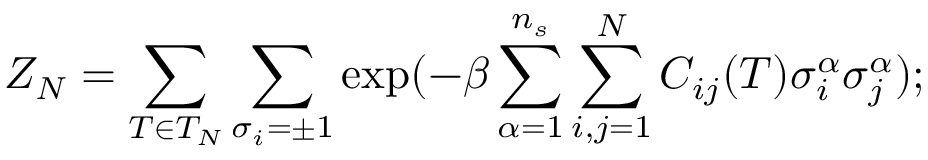
Z _ { N } = \sum _ { T \in { \cal { T } } _ { N } } \sum _ { \sigma _ { i } = \pm 1 } \exp ( - \beta \sum _ { \alpha = 1 } ^ { n _ { s } } \sum _ { i , j = 1 } ^ { N } C _ { i j } ( T ) \sigma _ { i } ^ { \alpha } \sigma _ { j } ^ { \alpha } ) ; \protect